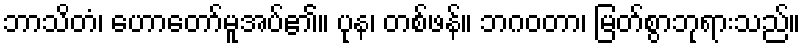
ဘာသိတံ၊ ဟောတော်မူအပ်၏။ ပုန၊ တစ်ဖန်။ ဘဂဝတာ၊ မြတ်စွာဘုရားသည်။